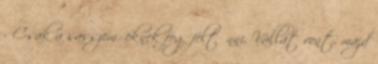
- Csak a sasszeműeknek fog feltűnni. Vállat vont, majd